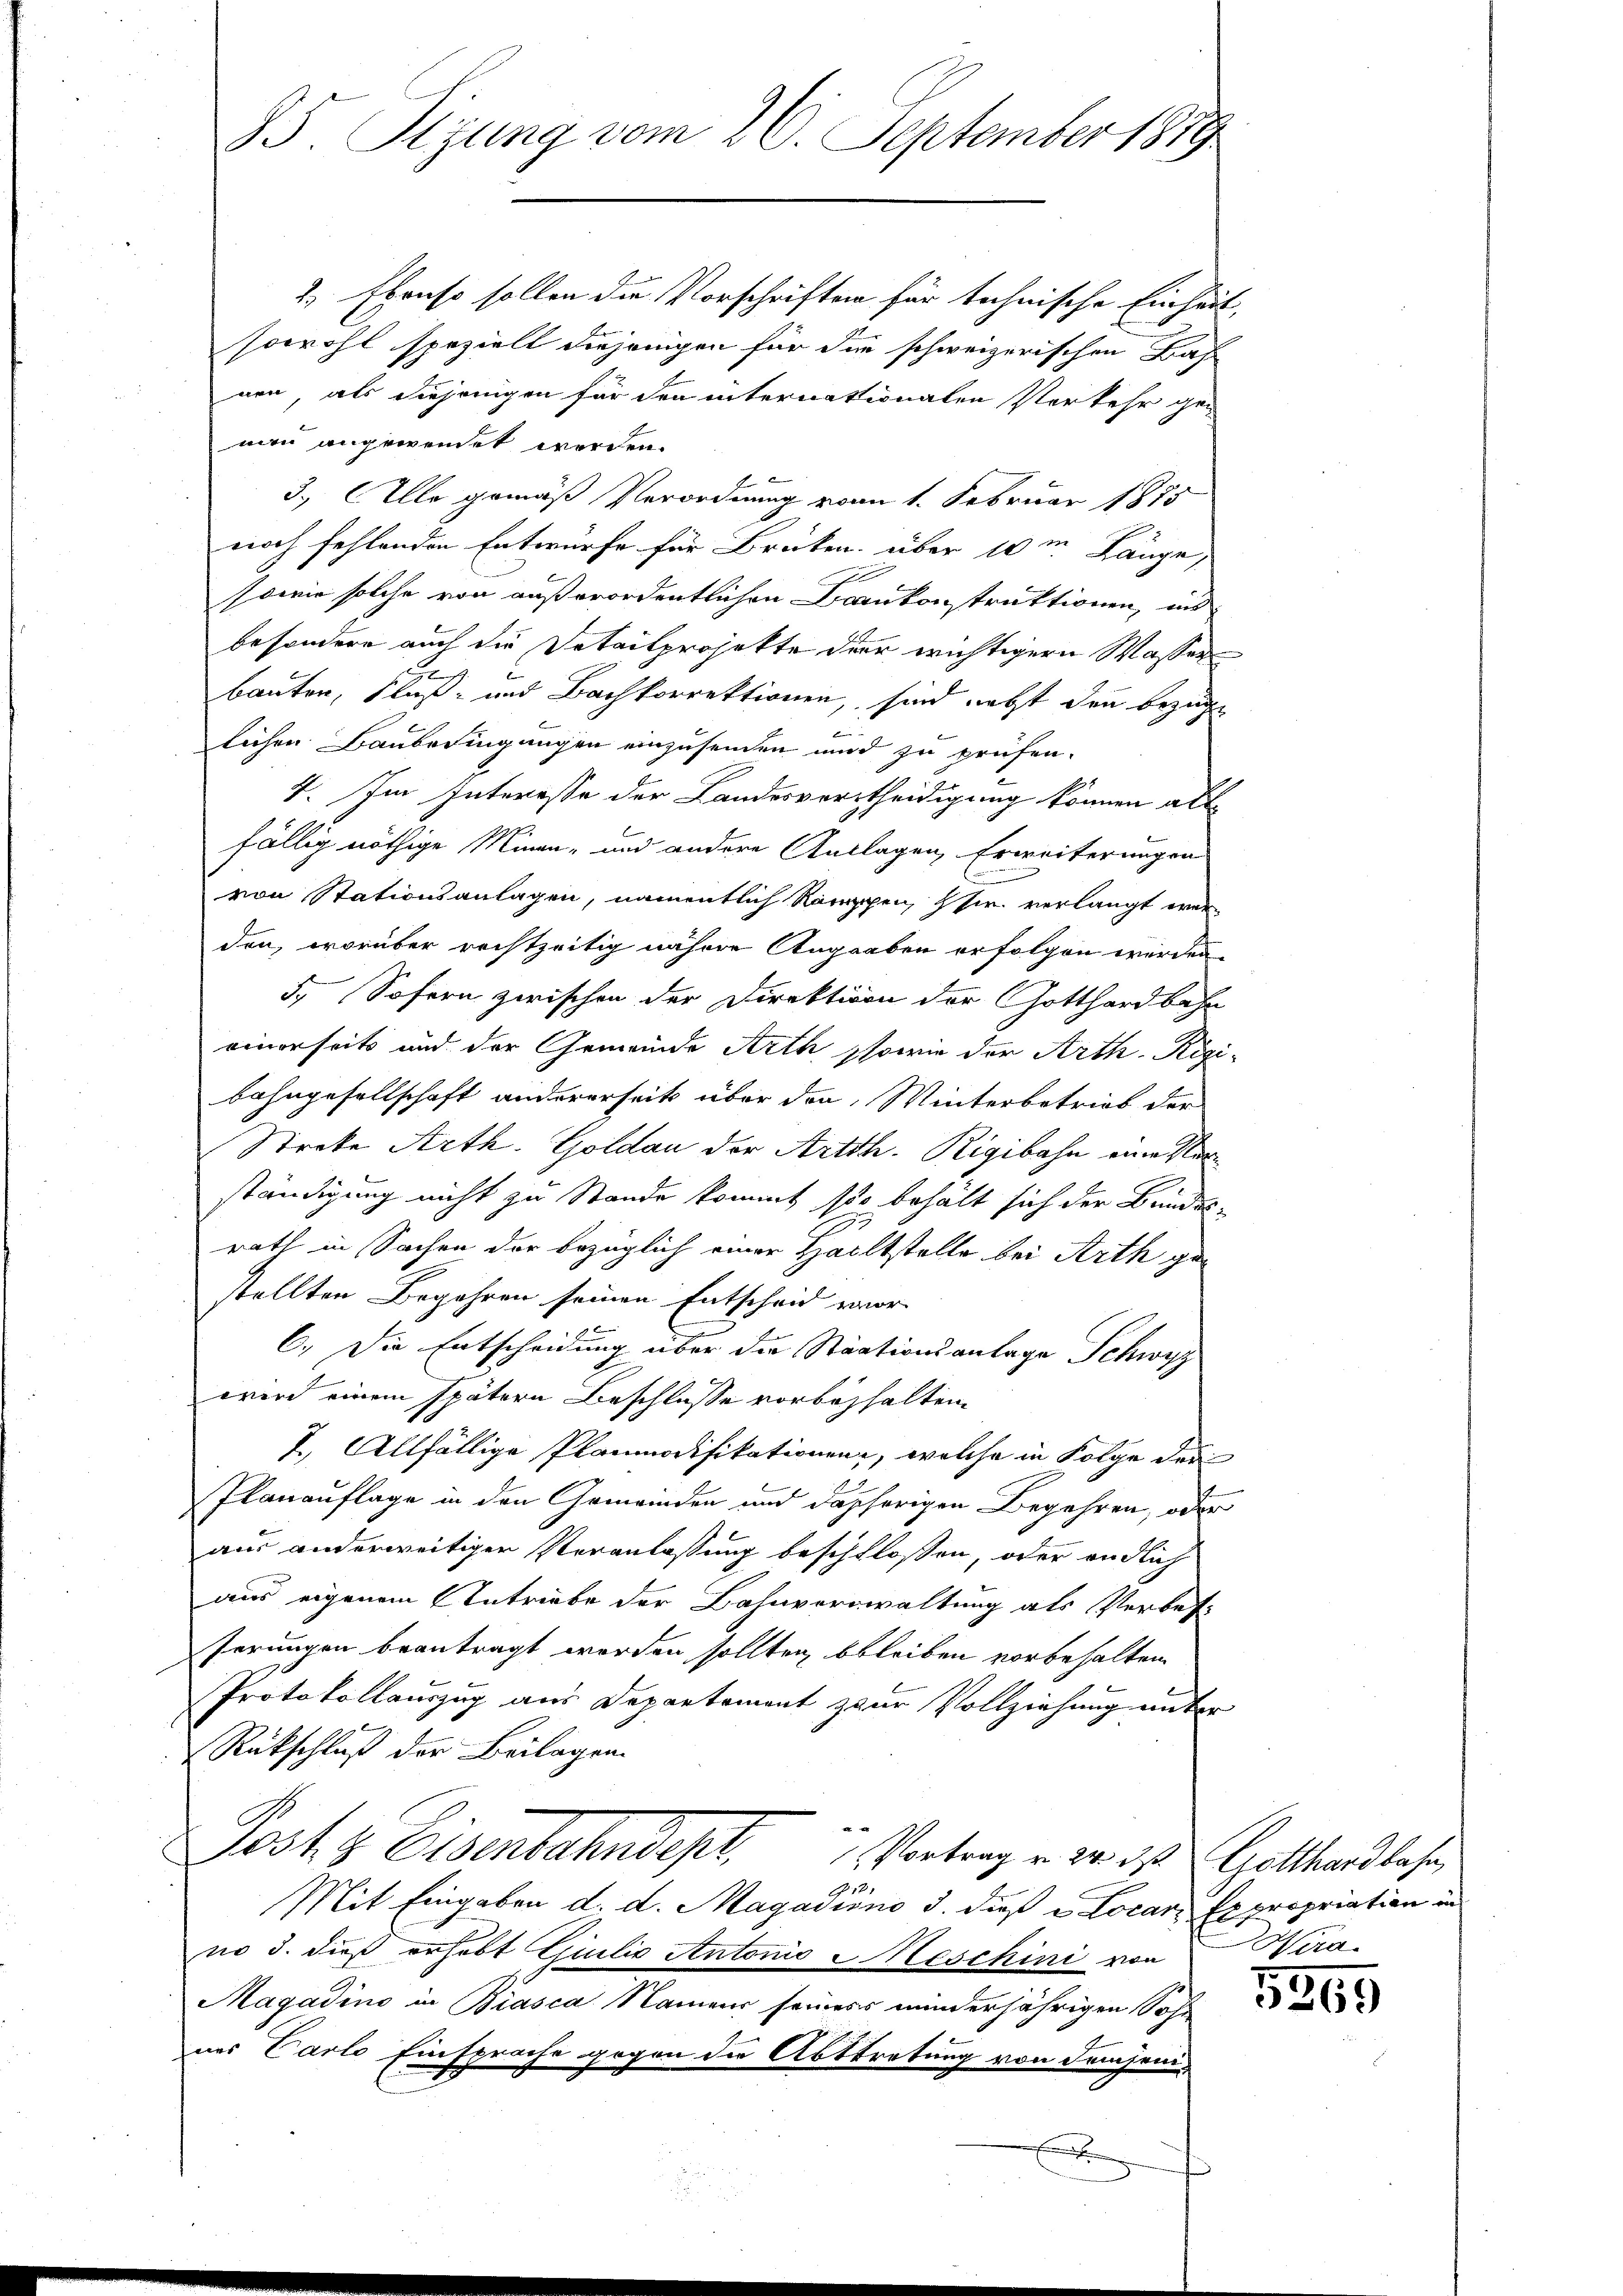
SS. Tigung vom 26. September 1879

2.) Ebenso sollen die Vorschriften für technische Einheit,
sowohl spezielt diejenigen für die schweizerischen Bah
nen, als diejenigen für den internationalen Verkehr gen
man angewendet werden.
3.) Alle gemäß Verordnung vom 1. Februar 1875
noch fehlenden Entwürfe für Brüken über 10m Länge,
sowie solche von außerordentlichen Bankonstraktionen, und
besondere auch die Detailprojekte der wichtigern Wasser
e
bauten, Fluß- und Bachkorrektionen, sind nebst den bezüge
lichen Baubedingungen einzusenden und zu prüfen.
4. Im Interesse der Landesvertheidigung können all
fällig nöthige Minen- und andere Anlagen, Erweiterungen
von Stationsanlagen, namentlich Ramppen, sie verlangt werden, worüber rechtzeitig nähere Angraben erfolgen werden.
5.) Sofern zwischen der Direktion der Gotthardbahn
einerseits und der Gemeinde Arth sowie der Arth-Rigi-
bahngesellschaft andererseit über den Winterbetrieb der
Streke Arth. Goldau der Arth. Rigibahn eine Verständigung nicht zu Stande kommt soo behält sich der Bundesrath in Sachen der bezüglich einer Halltstelle bei Arth gestellten Begehren seinen Entscheid vor
C. Die Entscheidung über die Staationsanlage Schwyz
wird einem spätern Beschlusse vorbehalten.
I. Allfällige Planmodifikationen, welche in Folge der
Planauflage in den Gemeinden und daherigen Begehren, oder
aus anderweitiger Veranlassung beschlossen, oder endlich
aus eigenem Antriebe der Bahnverwaltung als Verbefferungen beantragt worden sollten bleiben vorbehalten.
Protokollauszug aus Departement zur Vollziehung unter
Rückschluß der Beilagen
Posts Eisenbahndept. Vertrage der des Gotthardbahn,
Mit Eingaben d. d. Magadiino d. dieß e Locar. Expropriation in
no d. dieß erhebt Giulio Antonio eschini von Wera¬
Magadino in Biasca Namen seiners minderjährigen Sohn
ner Carlo Einsprache gegen die Abtretung von demjeni¬